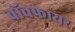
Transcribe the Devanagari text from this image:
वॉचफायर